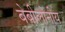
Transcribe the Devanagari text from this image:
बेबीलोनीय